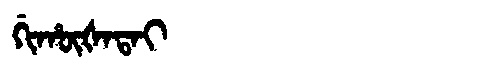
Manchu: ᡤᡳᡥᡡᡧᠠᡨᠠᡳ
Romanization: GIHŪŠATAI